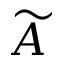
\widetilde { A }